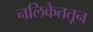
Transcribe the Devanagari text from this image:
नलिकेततून